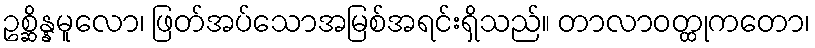
ဥစ္ဆိန္နမူလော၊ ဖြတ်အပ်သောအမြစ်အရင်းရှိသည်။ တာလာဝတ္ထုကတော၊